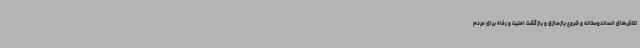
تلاش‌های انساندوستانه و شروع بازسازی و بازگشت امنیت و رفاه برای مردم